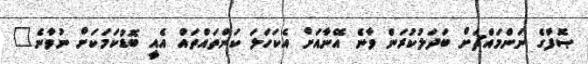
ޞޮފާގެ ނަންމައްޗަށް ބަދަލުކުރަން ވާނެ އޭނާއަށް އެކަހަލަ ކަންތައްތައް އެއީ ބޮޑުކަމަކަށް ނުވާނެ"